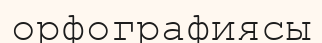
орфографиясы